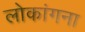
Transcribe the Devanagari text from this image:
लोकांगना